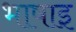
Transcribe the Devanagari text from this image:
भाषाइ